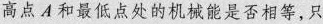
高点A和最低点处的机械能是否相等，只